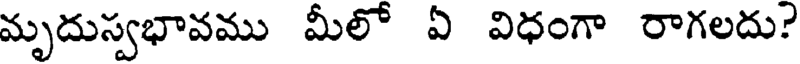
మృదుస్వభావము మీలో ఏ విధంగా రాగలదు?